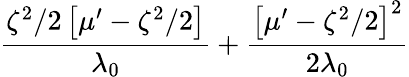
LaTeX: \frac{\zeta^{2}/2\left[\mu^{\prime}-\zeta^{2}/2\right]}{\lambda_{0}}+\frac{\left[\mu^{\prime}-\zeta^{2}/2\right]^{2}}{2\lambda_{0}}